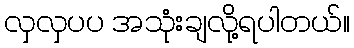
လှလှပပ အသုံးချလို့ရပါတယ်။